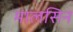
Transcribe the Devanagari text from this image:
मालसिन